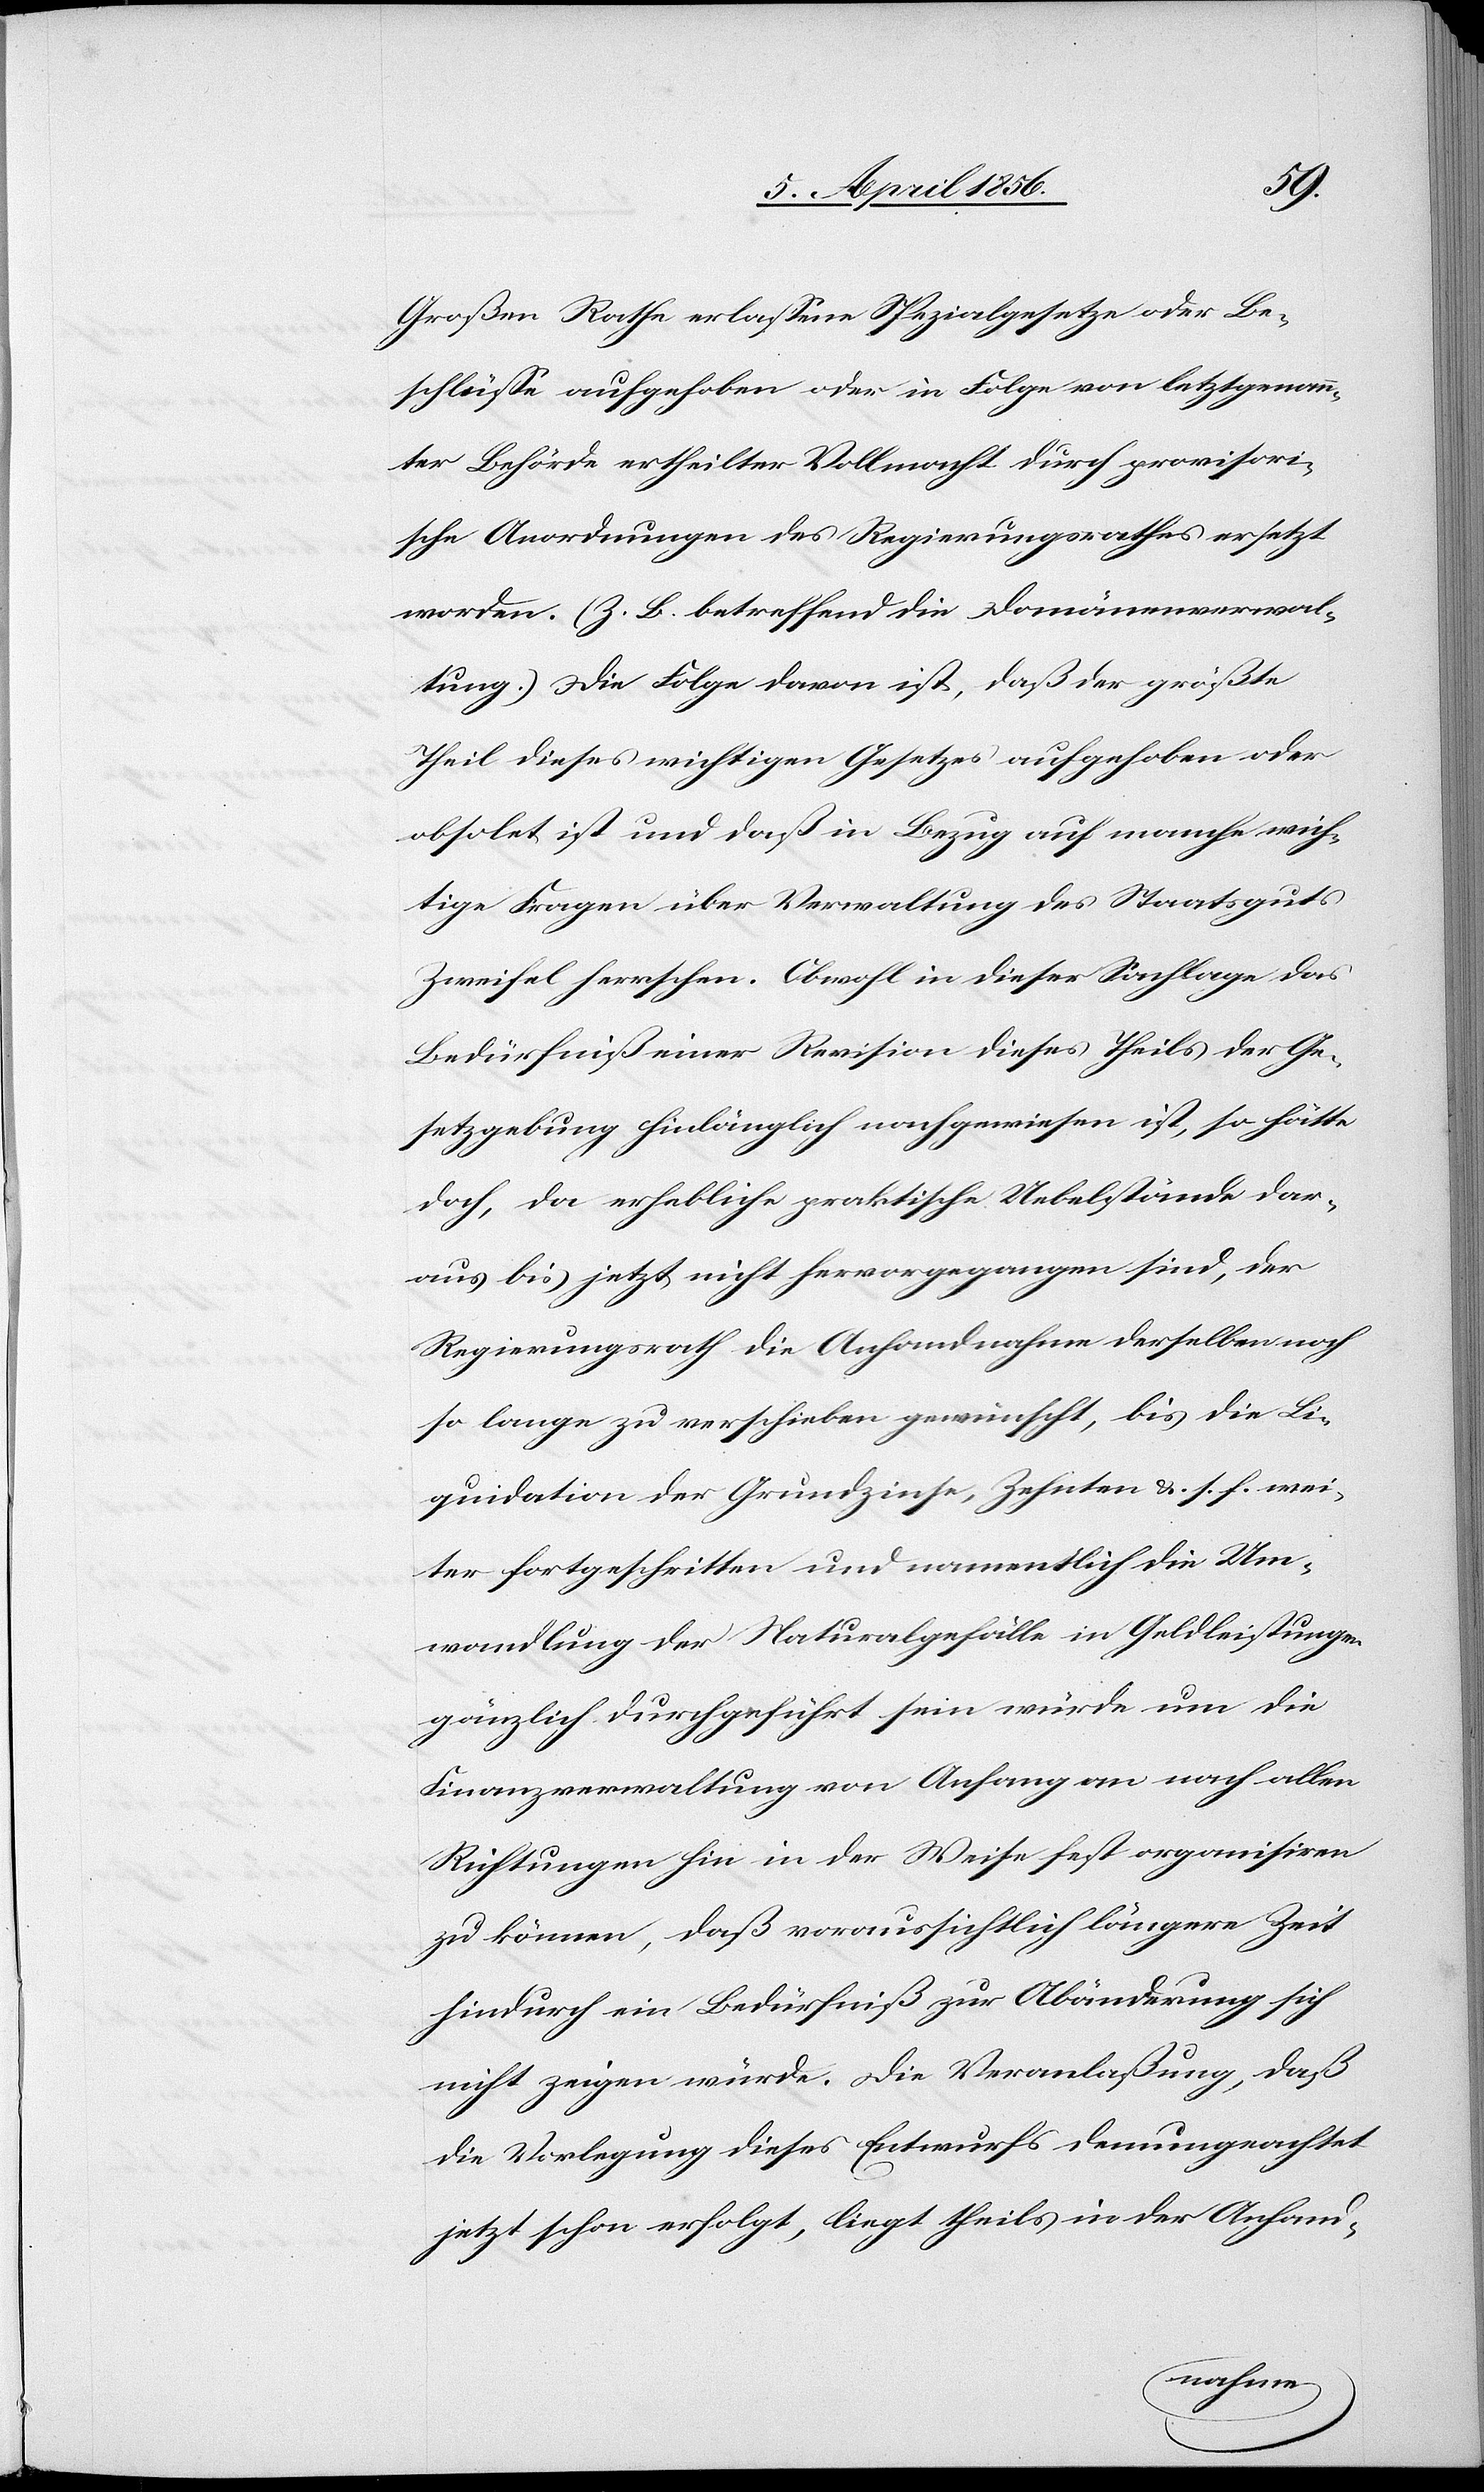
Großen Rathe erlassene Spezialgesetze oder Be¬
schlüsse aufgehoben oder in Folge von letztgenann¬
ter Behörde ertheilter Vollmacht durch provisori¬
sche Anordnungen des Regierungsrathes ersetzt
worden. (Z. B. betreffend die Domänenverwal¬
tung.) Die Folge davon ist, daß der größte
Theil dieses wichtigen Gesetzes aufgehoben oder
obsolet ist und daß in Bezug auf manche wich¬
tige Fragen über Verwaltung des Staatsguts
Zweifel herrschen. Obwohl in dieser Sachlage das
Bedürfniß einer Revision dieses Theils der Ge¬
setzgebung hinlänglich nachgewiesen ist, so hätte
doch, da erhebliche praktische Uebelstände dar¬
aus bis jetzt nicht hervorgegangen sind, der
Regierungsrath die Anhandnahme derselben noch
so lange zu verschieben gewünscht, bis die Li¬
quidation der Grundzinse, Zehnten &. s. f. wei¬
ter fortgeschritten und namentlich die Um¬
wandlung der Naturalgefälle in Geldleistungen
gänzlich durchgeführt sein würde um die
Finanzverwaltung von Anfang an nach aller
Richtungen hin in der Weise fest organisiren
zu können, daß voraussichtlich längere Zeit
hindurch ein Bedürfniß zur Abänderung sich
nicht zeigen würde. Die Veranlaßung, daß
die Vorlegung dieses Entwurfs demungeachtet
jetzt schon erfolgt, liegt theils in der Anhand-